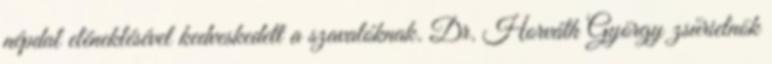
népdal eléneklésével kedveskedett a szavalóknak. Dr. Horváth György zsűrielnök